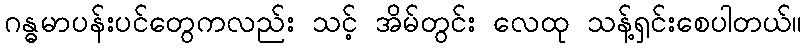
ဂန္ဓမာပန်းပင်တွေကလည်း သင့် အိမ်တွင်း လေထု သန့်ရှင်းစေပါတယ်။